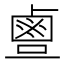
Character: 𪉙